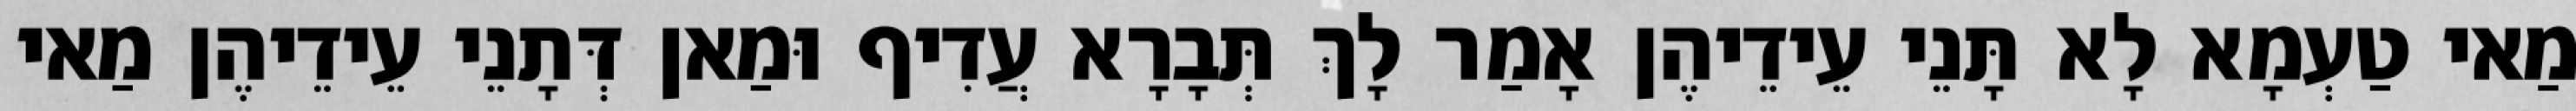
מַאי טַעְמָא לָא תָּנֵי עֵידֵיהֶן אָמַר לָךְ תְּבָרָא עֲדִיף וּמַאן דְּתָנֵי עֵידֵיהֶן מַאי